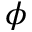
\phi